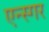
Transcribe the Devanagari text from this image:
एन्स्गर